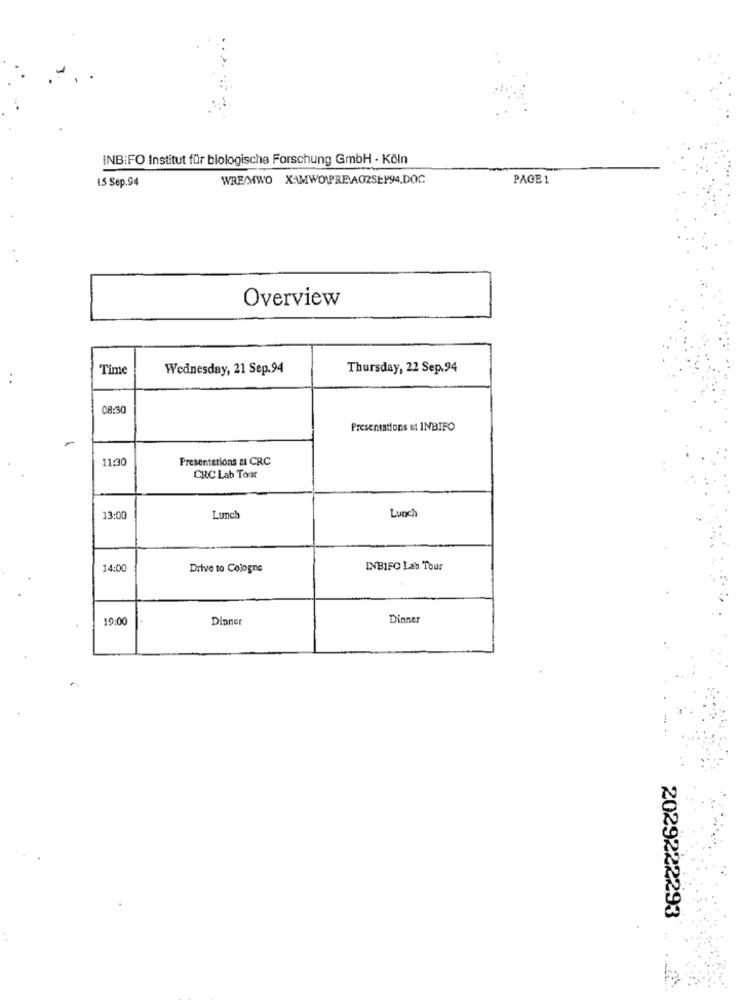
INB:FO Institut für biologische Forschung GmbH - Köln
15 Sep.94
WRE/MWO XAMWOWPREVA02SEP94.DOC
PAGE 1
Overview
Time
Wednesday, 21 Sep.94
Thursday, 22 Sep.94
08:30
Presentations et INBIFO
11:30
Presentations & CRC
CRC Lab Tour
13:00
Lunch
Lunch
14:00
Drive to Cologne
INBIFO Lab Tour
19:00
Dinner
Dinner
2029222293